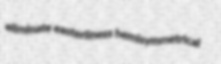
eliminate easterliness hemisymmetrical